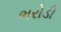
ભરોડી